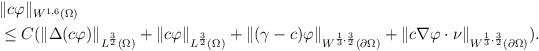
LaTeX: \begin{align*}\begin{aligned}&\|c\varphi \|_{W^{1,6}(\Omega)}\\&\le C( \|\Delta(c \varphi) \|_{L^{\frac{3}{2}}(\Omega)} +\| c \varphi\|_{L^{\frac{3}{2}}(\Omega)} + \| (\gamma-c) \varphi \|_{W^{\frac{1}{3},\frac{3}{2}}(\partial\Omega)} +\| c\nabla \varphi \cdot \nu \|_{W^{\frac{1}{3},\frac{3}{2}}(\partial\Omega)} ).\end{aligned}\end{align*}